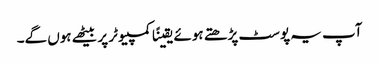
آپ یہ پوسٹ پڑھتے ہوئے یقینًا کمپیوٹر پر بیٹھے ہوں گے۔